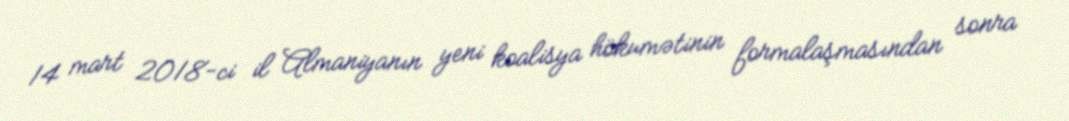
14 mart 2018-ci il Almaniyanın yeni koalisya hökumətinin formalaşmasından sonra